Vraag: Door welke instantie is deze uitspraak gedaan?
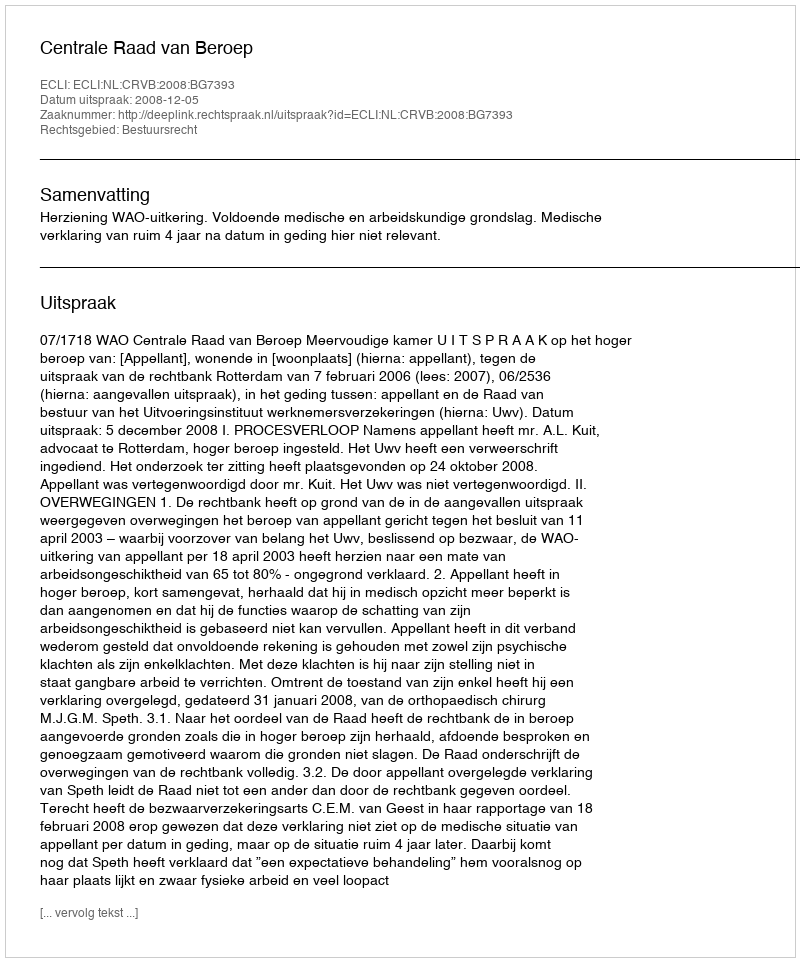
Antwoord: Centrale Raad van Beroep